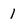
Character: 1